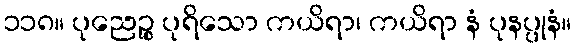
၁၁၈။ ပုညေဉ္စ ပုရိသော ကယိရာ၊ ကယိရာ နံ ပုနပ္ပုနံ။